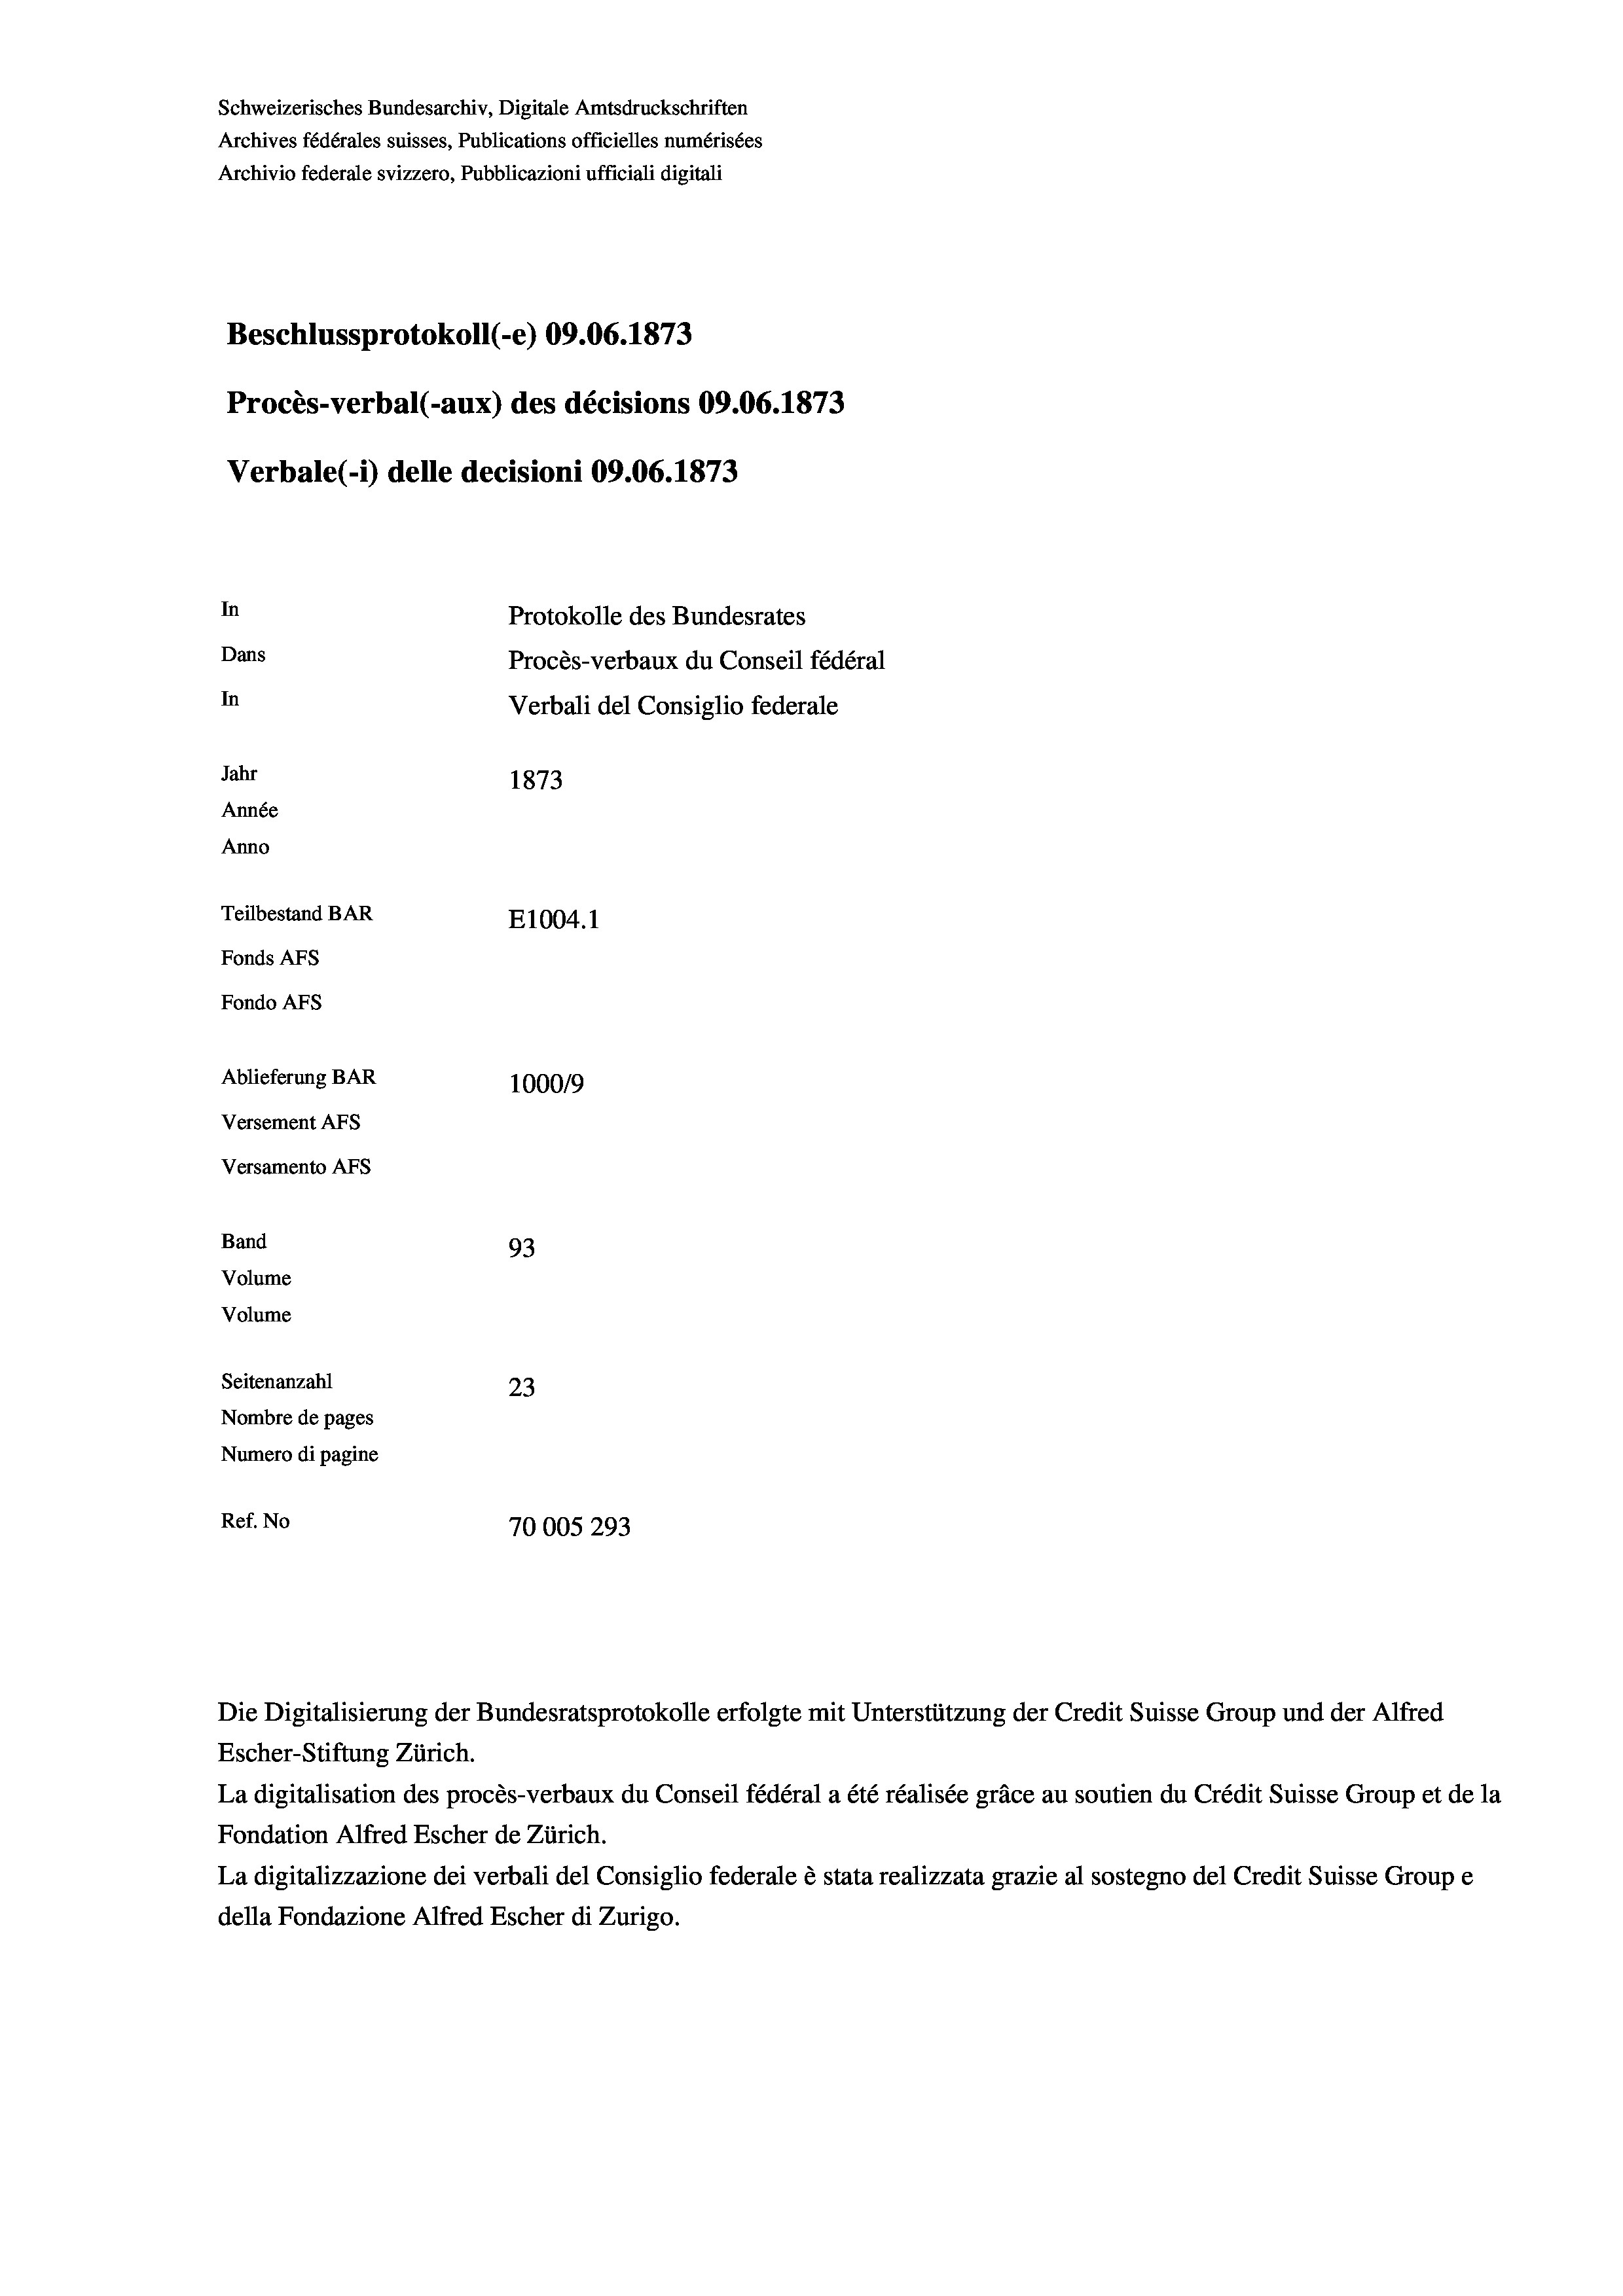
Schweizerisches Bundesarchiv, Digitale Amtsdruckschriften
Archives fédérales suisses, Publications officielles numérisées
Archivio federale svizzero, Pubblicazioni ufficiali digitali
Beschlussprotokoll (-e) 09.06. 1873
Procès-verbal (-aux) des décisions 09.06. 1873
Verbale (1) delle decisioni 09.06. 1873
In
Protokolle des Bundesrates
Dans
Procès-verbaux du Conseil fédéral
In
Verbali del Consiglio federale
Jahr
1873
Année
Anno
Teilbestand BAR
E1004. 1
Fonds Afs
Fondo AFs
Ablieferung BAR
100019
Versement Abs
Versamento AFs
Band
93
Volume
Volume
Seitenanzahl
23
Nombre de pages
Numero di pagine
Ref. No
70005293

Die Digitalisierung der Bundesratsprotokolle erfolgte mit Unterstützung der Credit Suisse Group und der Alfred

Escher-Stiftung Zürich.
La digitalisation des procès-verbaux du Conseil fédéral a été réalisée gräce au soutien du Crédit Suisse Group et de la
Fondation Alfred Escher de Zürich.
La digitalizzazione dei verbali del Consiglio federale è stata realizzata grazie al sostegno del Credit Suisse Groupe
della Fondazione Alfred Escher di Zurigo.